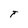
Character: T